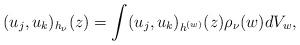
LaTeX: \begin{align*} (u_j,u_k)_{h_\nu}(z)=\int (u_j,u_k)_{h^{(w)}}(z)\rho_\nu(w)dV_w, \end{align*}